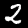
Label: 2